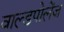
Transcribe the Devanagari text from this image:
वाल्डपोलेंज